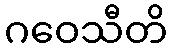
ဂဝေသီတိ